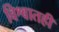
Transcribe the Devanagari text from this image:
विश्वातही